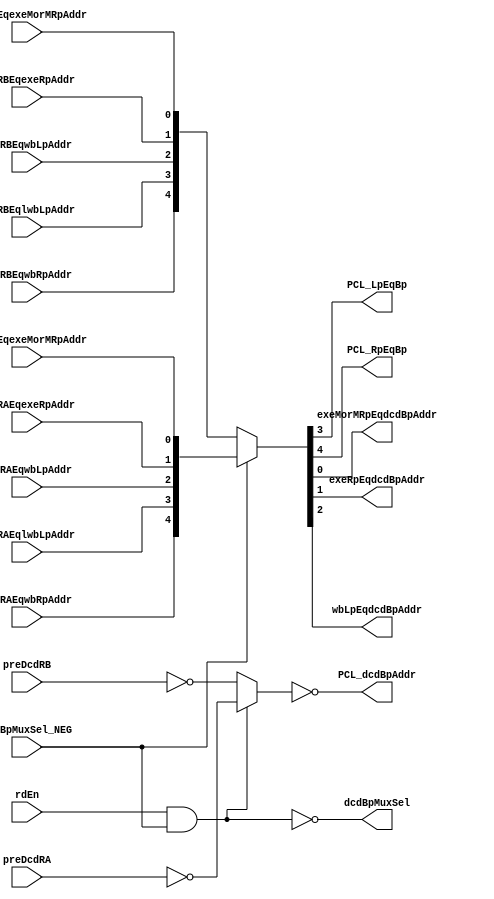
// 
// ************************************************************************** 
// 
//  Copyright (c) International Business Machines Corporation, 2005. 
// 
//  This file contains trade secrets and other proprietary and confidential 
//  information of International Business Machines Corporation which are 
//  protected by copyright and other intellectual property rights and shall 
//  not be reproduced, transferred to other documents, disclosed to others, 
//  or used for any purpose except as specifically authorized in writing by 
//  International Business Machines Corporation. This notice must be 
//  contained as part of this text at all times. 
// 
// ************************************************************************** 
//

module p405s_bPortMux( PCL_LpEqBp, PCL_RpEqBp, PCL_dcdBpAddr, exeMorMRpEqdcdBpAddr,
     exeRpEqdcdBpAddr, wbLpEqdcdBpAddr, dcdBpMuxSel_NEG, dcdRAEqexeMorMRpAddr,
     dcdRAEqexeRpAddr, dcdRAEqlwbLpAddr, dcdRAEqwbLpAddr, dcdRAEqwbRpAddr,
     dcdRBEqexeMorMRpAddr, dcdRBEqexeRpAddr, dcdRBEqlwbLpAddr, dcdRBEqwbLpAddr,
     dcdRBEqwbRpAddr, preDcdRA, preDcdRB, rdEn, dcdBpMuxSel );
output  PCL_LpEqBp, PCL_RpEqBp, exeMorMRpEqdcdBpAddr, exeRpEqdcdBpAddr, wbLpEqdcdBpAddr;

//added for tbird
output dcdBpMuxSel;

input  dcdBpMuxSel_NEG, dcdRAEqexeMorMRpAddr, dcdRAEqexeRpAddr, dcdRAEqlwbLpAddr,
     dcdRAEqwbLpAddr, dcdRAEqwbRpAddr, dcdRBEqexeMorMRpAddr, dcdRBEqexeRpAddr,
     dcdRBEqlwbLpAddr, dcdRBEqwbLpAddr, dcdRBEqwbRpAddr, rdEn;

output [0:9]  PCL_dcdBpAddr;


input [0:9]  preDcdRB;
input [0:9]  preDcdRA;

// Buses in the design

wire  [0:9]  bPortAddrMuxOut;
wire  dcdBpMuxSel_i;

assign  dcdBpMuxSel =  dcdBpMuxSel_i;

//Removed the module dp_muxPCL_bPortDepend 
assign {PCL_RpEqBp, PCL_LpEqBp, wbLpEqdcdBpAddr, exeRpEqdcdBpAddr, exeMorMRpEqdcdBpAddr} 
       = dcdBpMuxSel_NEG ? {dcdRAEqwbRpAddr, dcdRAEqlwbLpAddr,
                            dcdRAEqwbLpAddr, dcdRAEqexeRpAddr, 
                            dcdRAEqexeMorMRpAddr} 
                         : {dcdRBEqwbRpAddr, dcdRBEqlwbLpAddr, dcdRBEqwbLpAddr,
                            dcdRBEqexeRpAddr, dcdRBEqexeMorMRpAddr};

//Removed the module dp_logPCL_bPortAddrINV 
assign PCL_dcdBpAddr = ~bPortAddrMuxOut;

//Removed the module dp_muxPCL_bPortAddr 
assign bPortAddrMuxOut = dcdBpMuxSel_i ? ~preDcdRB : ~preDcdRA;

   // Replacing instantiation: GTECH_NAND2 aPortAddrGate
   assign dcdBpMuxSel_i = ~( rdEn & dcdBpMuxSel_NEG );


endmodule